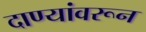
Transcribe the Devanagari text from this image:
दाण्यांवरून